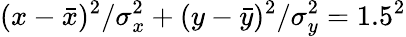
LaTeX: (x-\bar{x})^{2}/\sigma_{x}^{2}+(y-\bar{y})^{2}/\sigma_{y}^{2}=1.5^{2}